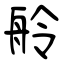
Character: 舲